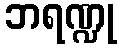
ဘရဏ္ဍု